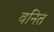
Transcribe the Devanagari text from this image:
वनित